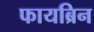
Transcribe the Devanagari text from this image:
फायब्रिन